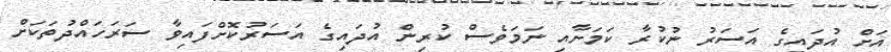
އަށް އުދައިގެ އަސަރު ނުކުރާ ކަމަށާއި ނަމަވެސް ކުރިން އުދައިގެ އަސަރުކޮށްފައިވާ ސަރަހައްދުތަކަށް